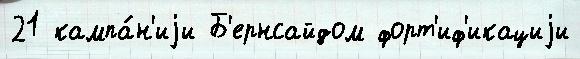
21 кампа́н'иjи Б'ернсайдом форт'иф'икациjи